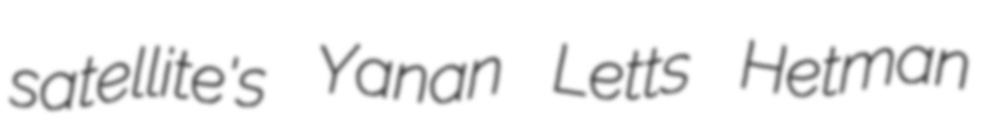
satellite's Yanan Letts Hetman